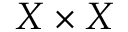
{ \cal { X } } \times { \cal { X } }